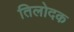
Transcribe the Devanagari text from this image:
तिलोदक